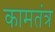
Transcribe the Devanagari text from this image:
कामतंत्र